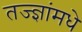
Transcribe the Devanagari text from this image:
तज्ज्ञांमधे